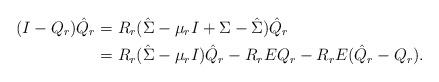
LaTeX: \begin{align*}(I-Q_r)\hat{Q}_r&=R_r(\hat \Sigma-\mu_rI+ \Sigma-\hat\Sigma)\hat{Q}_r\\&=R_r(\hat\Sigma-\mu_rI)\hat{Q}_r-R_rEQ_r-R_rE(\hat{Q}_r-Q_r).\end{align*}